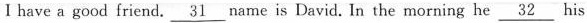
I have a good friend. \underline{31} name is David. In the morning he \underline{32} his